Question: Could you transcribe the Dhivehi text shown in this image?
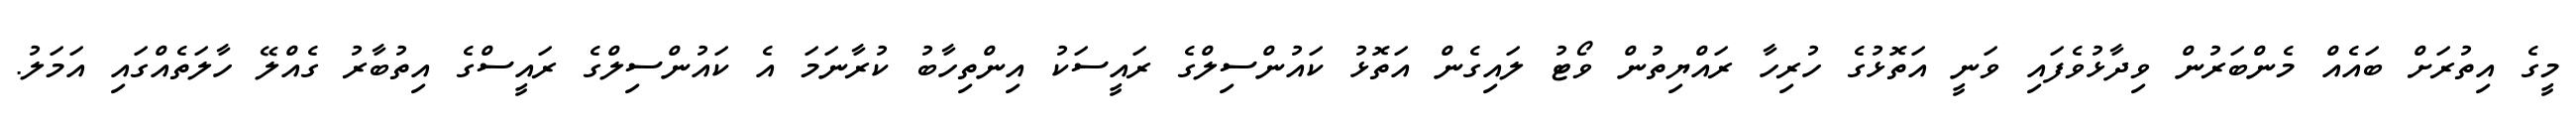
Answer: މީގެ އިތުރަށް ބައެއް މެންބަރުން ވިދާޅުވެފައި ވަނީ އަތޮޅުގެ ހުރިހާ ރައްޔިތުން ވޯޓު ލައިގެން އަތޮޅު ކައުންސިލްގެ ރައީސަކު އިންތިހާބު ކުރާނަމަ އެ ކައުންސިލްގެ ރައީސްގެ އިތުބާރު ގެއްލޭ ހާލަތެއްގައި އަމަލު.